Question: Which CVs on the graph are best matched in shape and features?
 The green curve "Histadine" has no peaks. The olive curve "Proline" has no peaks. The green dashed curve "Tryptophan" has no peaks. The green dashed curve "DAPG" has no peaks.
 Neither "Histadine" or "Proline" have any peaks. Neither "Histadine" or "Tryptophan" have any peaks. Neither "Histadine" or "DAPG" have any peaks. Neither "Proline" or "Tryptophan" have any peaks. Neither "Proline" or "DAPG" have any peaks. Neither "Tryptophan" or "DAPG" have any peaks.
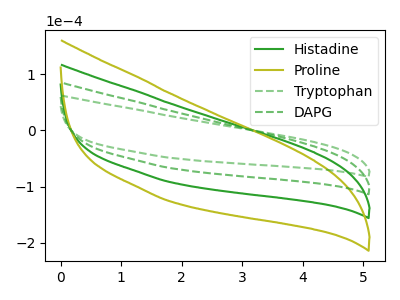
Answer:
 <answer>"Tryptophan", "Histadine", "Proline" and "DAPG" have the same shape and are likely CV's of the same chemical.</answer>
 <eval>"Tryptophan" "Histadine" "Proline" "DAPG"</eval>